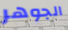
الجوهر